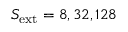
S _ { \mathrm { e x t } } = 8 , 3 2 , 1 2 8